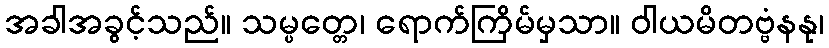
အခါအခွင့်သည်။ သမ္ပတ္တေ၊ ရောက်ကြိမ်မှသာ။ ဝါယမိတဗ္ဗံနနု၊